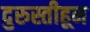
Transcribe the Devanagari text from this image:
दुरुस्तीहून